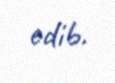
edib.